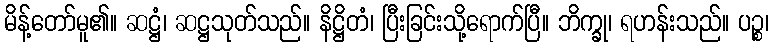
မိန့်တော်မူ၏။ ဆဋ္ဌံ၊ ဆဋ္ဌသုတ်သည်။ နိဋ္ဌိတံ၊ ပြီးခြင်းသို့ရောက်ပြီ။ ဘိက္ခု၊ ရဟန်းသည်။ ပဉ္စ၊